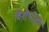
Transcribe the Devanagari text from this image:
विशेषोही